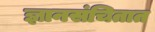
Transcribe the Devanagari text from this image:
ज्ञानसंचितात